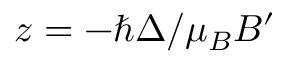
z = - \hbar \Delta / \mu _ { B } B ^ { \prime }